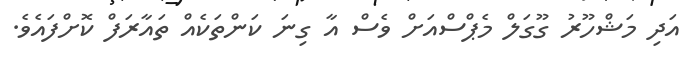
އަދި މަޝްހޫރު ގޫގަލް މެޕްސްއަށް ވެސް އާ ގިނަ ކަންތަކެއް ތައާރަފް ކޮށްފައެވެ.